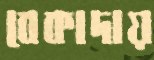
বেকাদায়